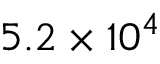
5 . 2 \times 1 0 ^ { 4 }